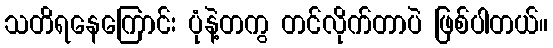
သတိရနေကြောင်း ပုံနဲ့တကွ တင်လိုက်တာပဲ ဖြစ်ပါတယ်။